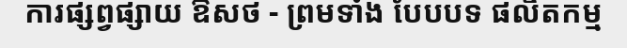
ការផ្សព្វផ្សាយ ឱសថ - ព្រមទាំង បែបបទ ផលិតកម្ម